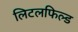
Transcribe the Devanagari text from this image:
लिटलफिल्ड